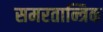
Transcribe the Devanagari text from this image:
समरतान्त्रिक